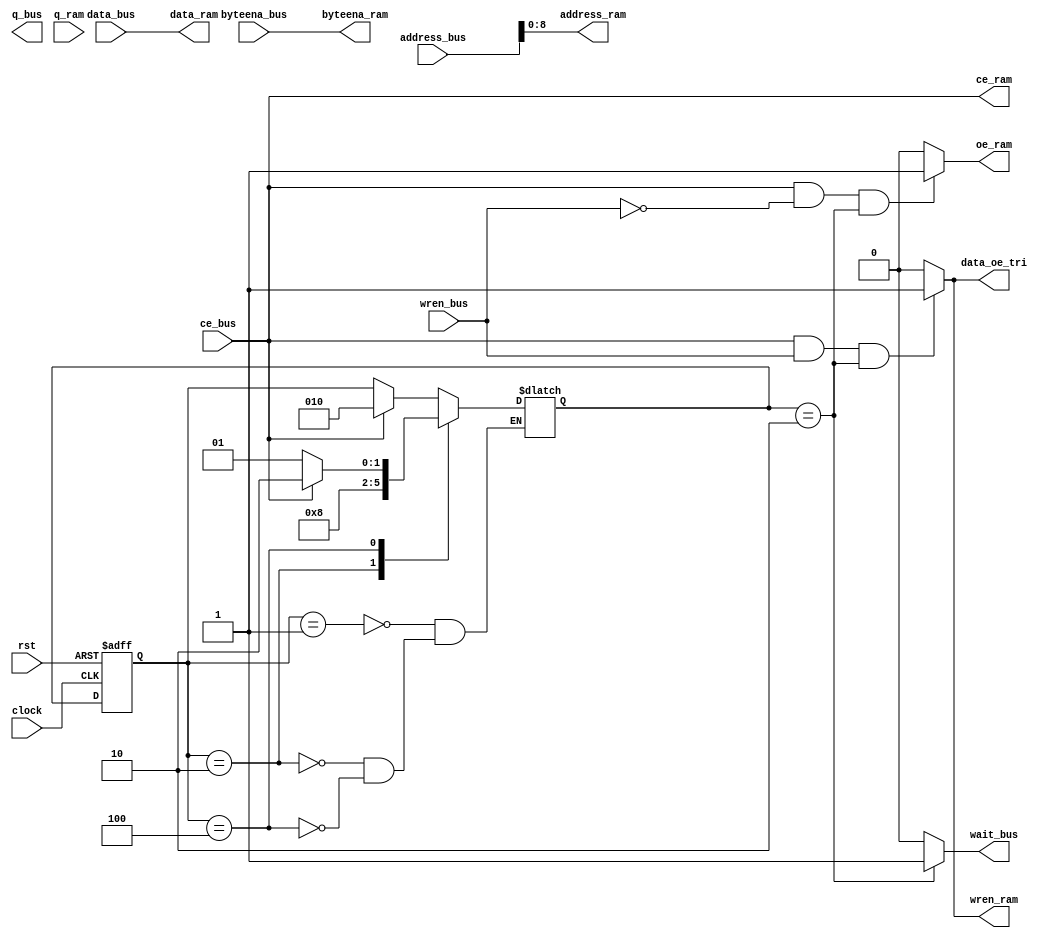
/*
ram u_ram (
	     .address                 (    ram_addr[10:2]                      ),
	     .byteena                   (    ram_flag            ),
         .clock                  (    clk                                 ),
	     .data                  (    ram_wdata                           ),
	     .wren                   (    ram_wen & mod_sel[0]   ),
	     .q                 (    ram_rdata_ram                       )
	);		  
*/
`define STATE_IDLE 3'b001
`define STATE_1    3'b010
`define STATE_2    3'b100
module sram_extern_16(
    rst,
    clock,
    /****bus signal******/
    address_bus,
    byteena_bus,
    data_bus,
    wren_bus,
    ce_bus,
    q_bus,
    wait_bus,
    /*****ram signal*****/
    address_ram,
    byteena_ram,
    data_ram,
    data_oe_tri,
    wren_ram,
    ce_ram,
    oe_ram,
    q_ram,
    );
    input rst;
    input	[9:0]  address_bus;
	input	[1:0]  byteena_bus;
	input	  clock;
	input	[15:0]  data_bus;
	input	  wren_bus;
	input   ce_bus;
	output	[15:0]  q_bus;
	output wait_bus;
	output [8:0] address_ram;
	output [1:0] byteena_ram;
	output [15:0] data_ram;
	output data_oe_tri;
	output wren_ram;
	output ce_ram;
	output oe_ram;
	input [15:0] q_ram;

	reg [2:0] state_next;
	reg [2:0] state;

    assign address_ram=address_bus;
    assign byteena_ram=byteena_bus;
    assign data_ram=data_bus;
    assign data_oe_tri=wren_ram;
    assign ce_ram=ce_bus;
    
    assign oe_ram=((ce_bus&~wren_bus&state_next==`STATE_1)?1'b1:1'b0);
    assign wren_ram=((ce_bus&wren_bus&state_next==`STATE_1)?1'b1:1'b0);
    assign wait_bus=((state_next==`STATE_1)?1'b1:1'b0);

    always @(*)
        case(state)
        `STATE_IDLE:
            if(ce_bus)
                state_next=`STATE_1;
            else
                state_next=state;
        `STATE_1:
            state_next=`STATE_2;
        `STATE_2:
            if(ce_bus)
                state_next=`STATE_1;
            else
                state_next=`STATE_IDLE;
        endcase

    always @(posedge clock or posedge rst)
        if(rst)
            state<=`STATE_IDLE;
        else
            state<=state_next;
    
endmodule